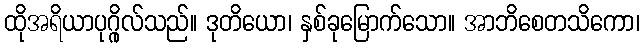
ထိုအရိယာပုဂ္ဂိုလ်သည်။ ဒုတိယော၊ နှစ်ခုမြောက်သော။ အာဘိစေတသိကော၊